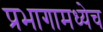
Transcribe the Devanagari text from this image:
प्रभागामध्येच